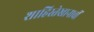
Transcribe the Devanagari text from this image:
शाहिस्तेखानाचीं